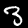
Label: 3